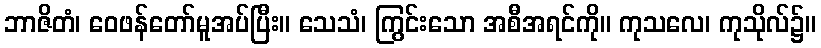
ဘာဇိတံ၊ ဝေဖန်တော်မူအပ်ပြီး။ သေသံ၊ ကြွင်းသော အစီအရင်ကို။ ကုသလေ၊ ကုသိုလ်၌။